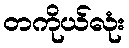
တကိုယ်လုံး